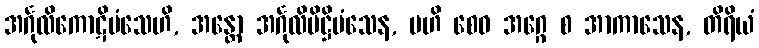
အင်္ဂုလိကောဋိမံသေဟိ, အန္တော အင်္ဂုလိပိဋ္ဌိမံသေန, ဗဟိ စေဝ အဂ္ဂေ စ အာကာသေန, တိရိယံ